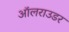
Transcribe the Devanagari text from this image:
ऑलराउडर